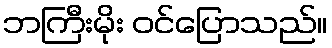
ဘကြီးမိုး ဝင်ပြောသည်။